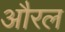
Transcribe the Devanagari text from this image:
औरल